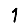
Digit: 1